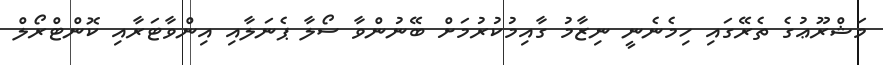
މަޝްރޫޢުގެ ތެރޭގައި ހިމެނެނީ ނިޒާމު ގާއިމުކުރުމަށް ބޭނުންވާ ސޯލާ ޕެނަލާއި އިންވާޓަރާއި ކޮންޓްރޯލް